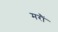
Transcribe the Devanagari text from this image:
मरौं